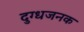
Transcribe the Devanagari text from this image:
दुग्धजनक